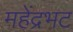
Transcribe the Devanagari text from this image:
महेंद्रभट